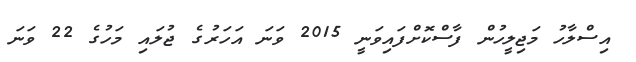
އިސްލާހު މަޖިލީހުން ފާސްކޮށްފައިވަނީ 2015 ވަނަ އަަހަރުގެ ޖުލައި މަހުގެ 22 ވަނަ